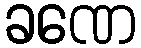
ခဏေ